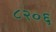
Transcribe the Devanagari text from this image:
८२०६